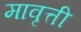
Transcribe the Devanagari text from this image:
मावृत्ती